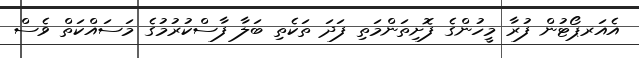
އެއަރޕޯޓުން ފުރާ މީހުންގެ ފޮށިތަންމަތި ފަދަ ތަކެތި ބަލާ ފާސްކުރުމުގެ މަސައްކަތް ވެސް